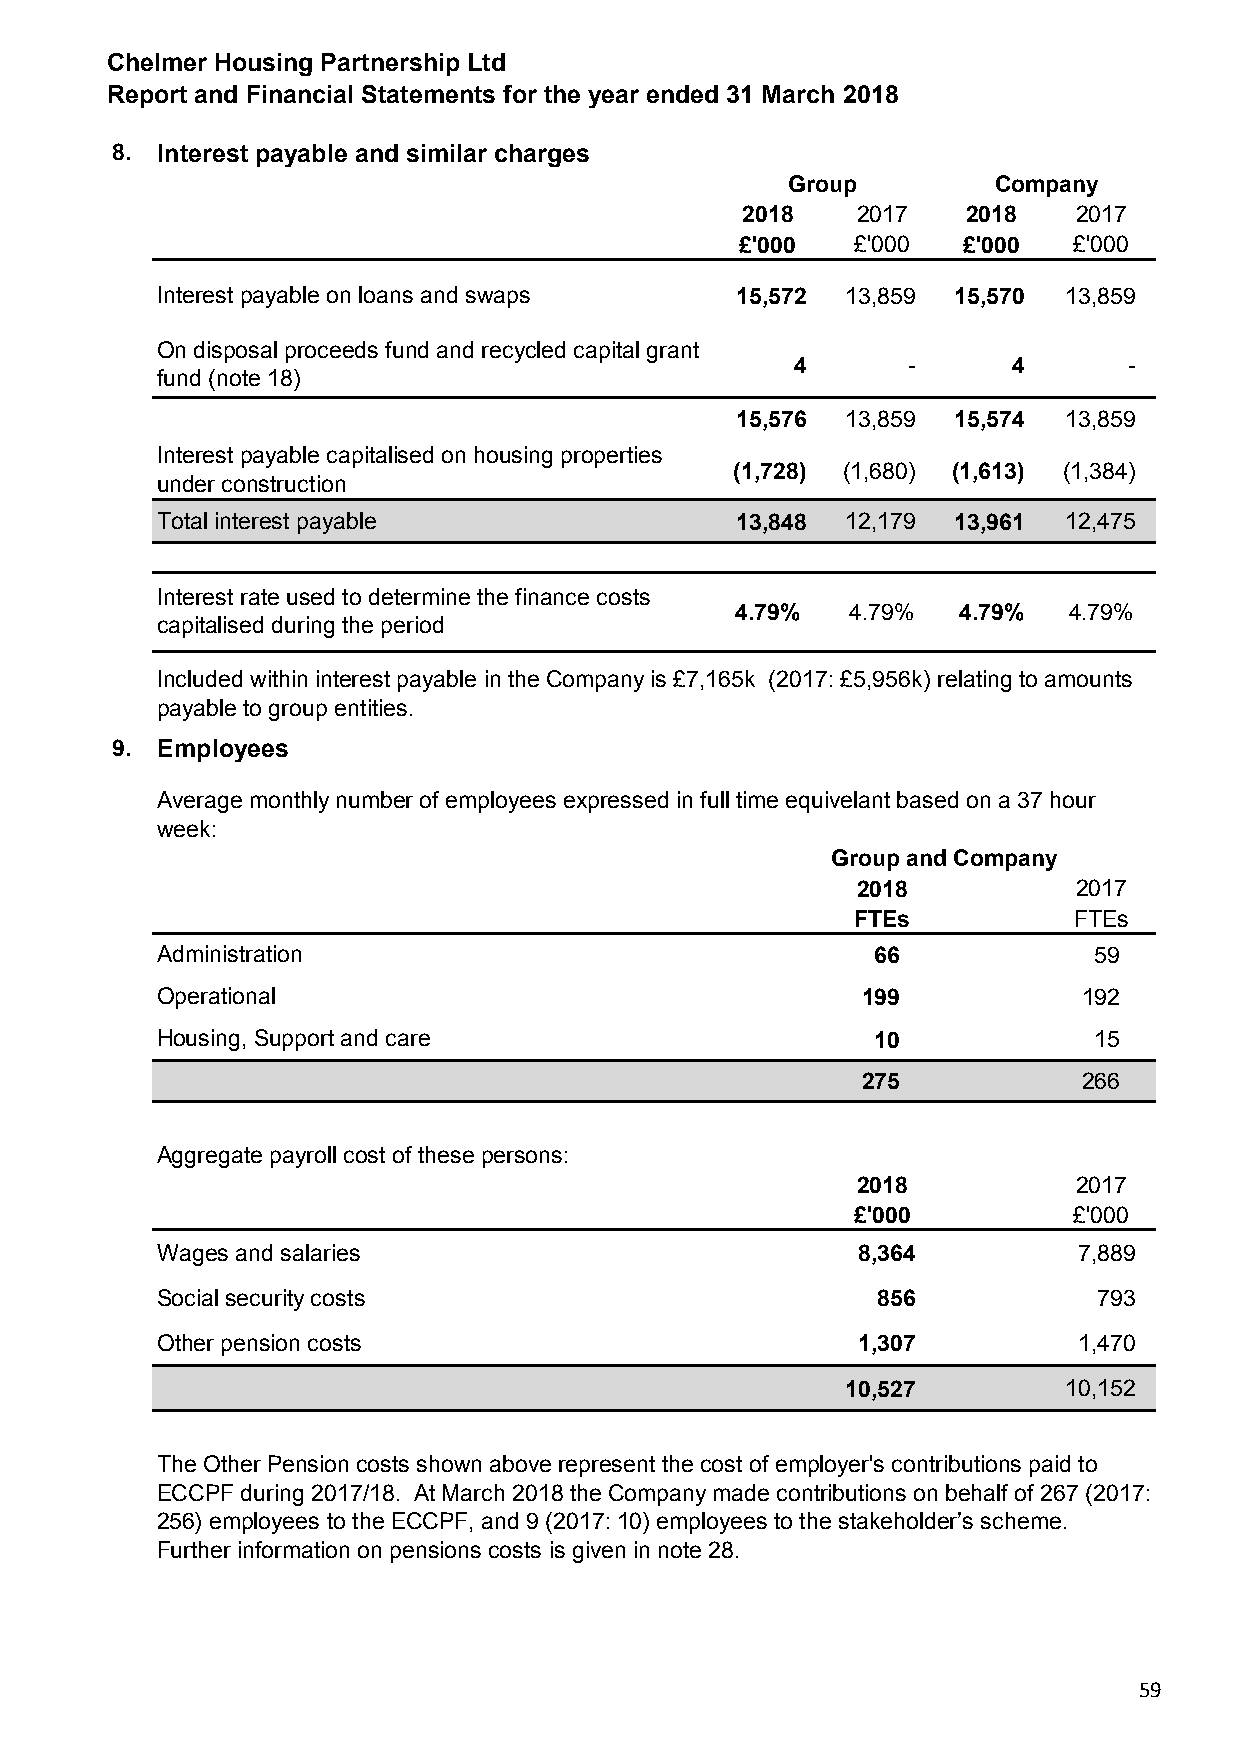
Chelmer Housing Partnership Ltd
 Report and Financial Statements for the year ended 31 March 2018
 8. Interest payable and similar charges
 Group         Company
 2018    2017   2018   2017
 £'000   £'000  £'000  £'000
 Interest payable on loans and swaps    15,572 13,859 15,570 13,859
 On disposal proceeds fund and recycled capital grant
 4      -      4       -
 fund (note 18)
 15,576 13,859 15,574 13,859
 Interest payable capitalised on housing properties
 (1,728) (1,680) (1,613) (1,384)
 under construction
 Total interest payable                 13,848 12,179 13,961 12,475
 Interest rate used to determine the finance costs
 4.79%  4.79%  4.79%   4.79%
 capitalised during the period
 Included within interest payable in the Company is £7,165k (2017: £5,956k) relating to amounts
 payable to group entities.
 9. Employees
 Average monthly number of employees expressed in full time equivelant based on a 37 hour
 week:
 Group and Company
 2018          2017
 FTEs          FTEs
 Administration                                  66            59
 Operational                                    199            192
 Housing, Support and care                       10            15
 275            266
 Aggregate payroll cost of these persons:
 2018          2017
 £'000          £'000
 Wages and salaries                             8,364         7,889
 Social security costs                           856            793
 Other pension costs                            1,307         1,470
 10,527        10,152
 The Other Pension costs shown above represent the cost of employer's contributions paid to
 ECCPF during 2017/18. At March 2018 the Company made contributions on behalf of 267 (2017:
 256) employees to the ECCPF, and 9 (2017: 10) employees to the stakeholder’s scheme.
 Further information on pensions costs is given in note 28.
 59